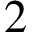
2